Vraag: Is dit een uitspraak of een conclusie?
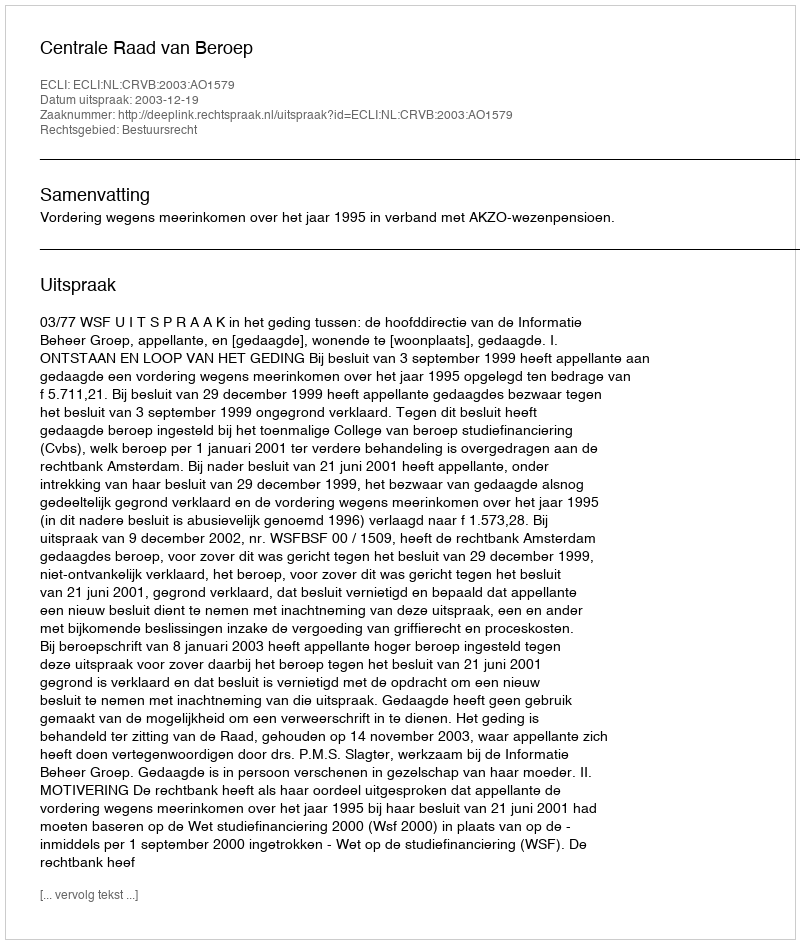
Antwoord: Uitspraak